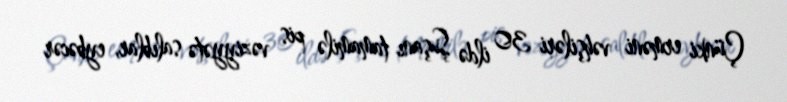
Çünki erməni vəhşiləri 30 ildə Şuşanı tamamilə pis vəziyyətə salıblar, eybəcər